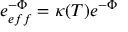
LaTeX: e _ { e f f } ^ { - \Phi } = \kappa ( T ) e ^ { - \Phi }